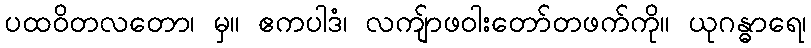
ပထဝိတလတော၊ မှ။ ဧကပါဒံ၊ လကျ်ာဖဝါးတော်တဖက်ကို။ ယုဂန္ဓာရေ၊